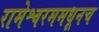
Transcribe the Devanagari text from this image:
रामेश्वरममधूनच